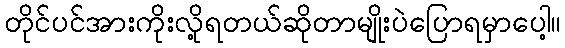
တိုင်ပင်အားကိုးလို့ရတယ်ဆိုတာမျိုးပဲပြောရမှာပေါ့။